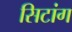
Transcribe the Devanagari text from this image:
सिटांग